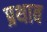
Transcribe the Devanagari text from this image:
प्रथाव